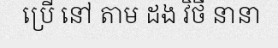
ប្រើ នៅ តាម ដង វិថី នានា